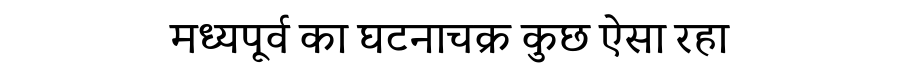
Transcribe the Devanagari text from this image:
मध्यपूर्व का घटनाचक्र कुछ ऐसा रहा